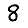
Digit: 8